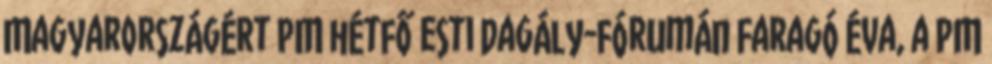
Magyarországért PM hétfő esti Dagály-fórumán Faragó Éva, a PM